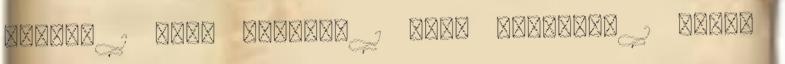
andrás 1 bíró kriszta 1 bíró szabolcs 1 bodor